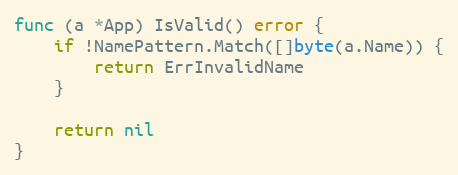
Language: Go
func (a *App) IsValid() error {
	if !NamePattern.Match([]byte(a.Name)) {
		return ErrInvalidName
	}

	return nil
}